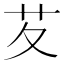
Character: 䒘